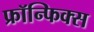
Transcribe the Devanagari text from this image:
फ्रॉन्फिक्स